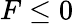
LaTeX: F\leq 0